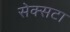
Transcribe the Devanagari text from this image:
सेक्सटा